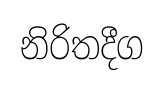
නිරිතදීග